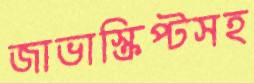
জাভাস্ক্রিপ্টসহ